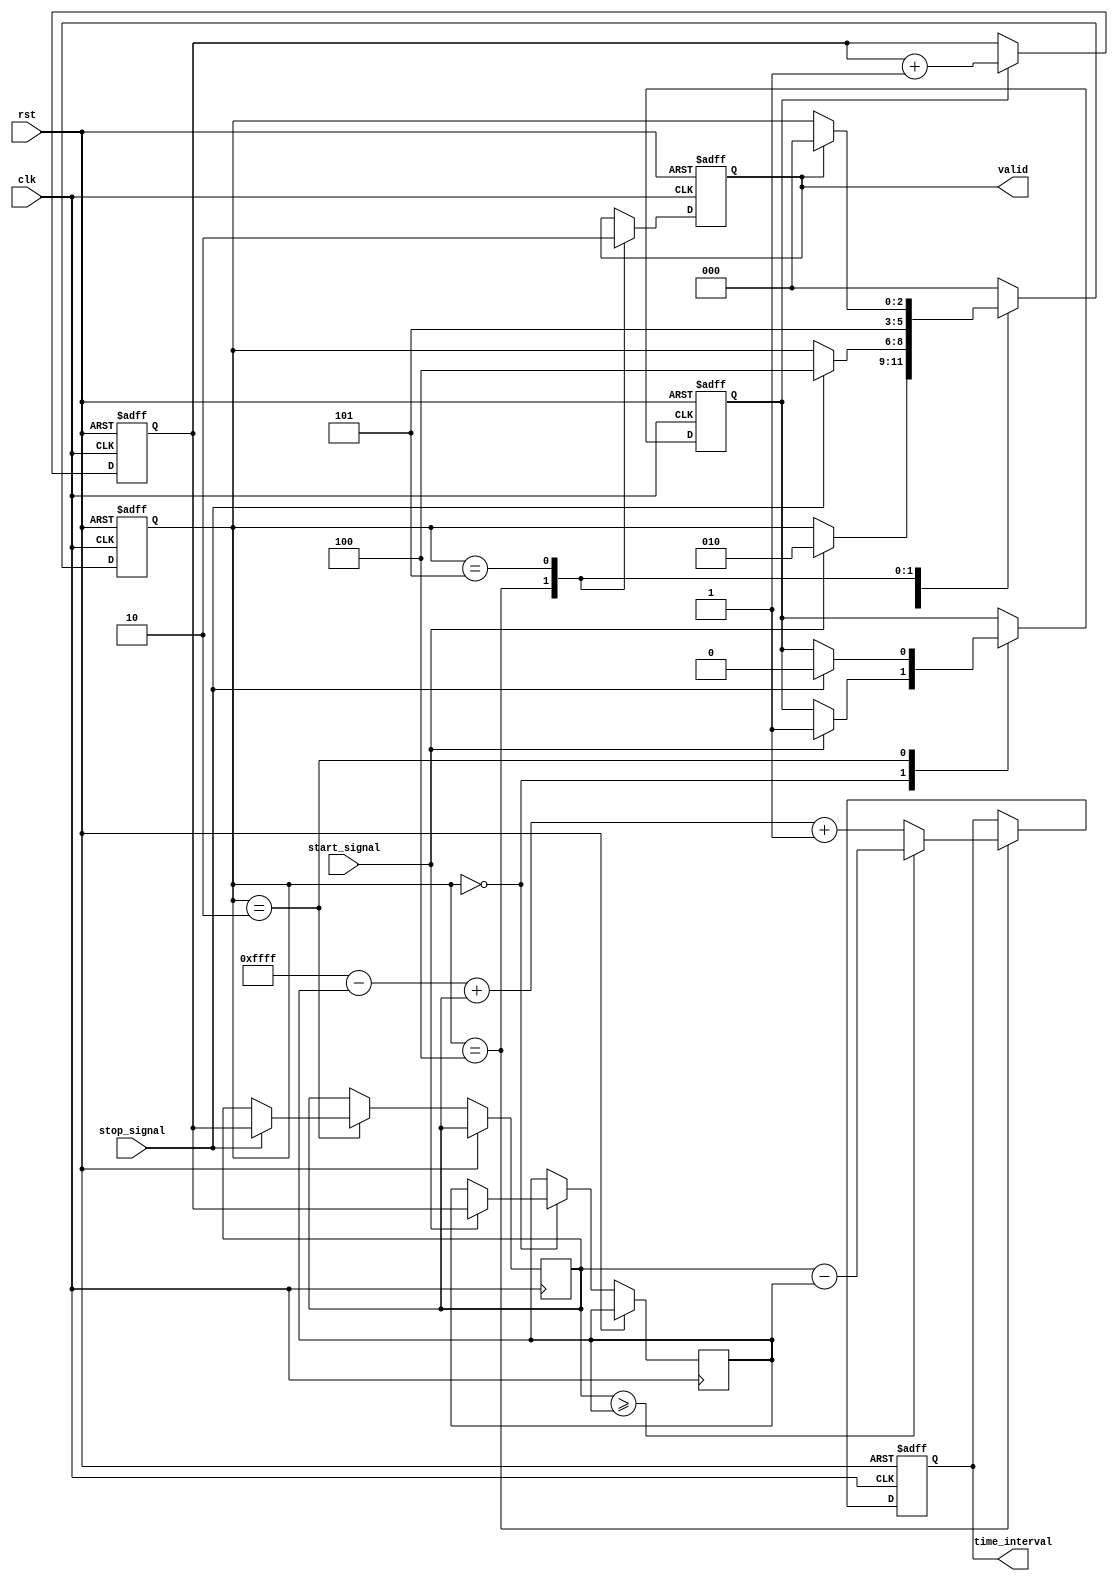
module tdc (
    input wire clk,                 // High-frequency clock input
    input wire rst,                 // Asynchronous reset
    input wire start_signal,        // Start signal input
    input wire stop_signal,         // Stop signal input
    output reg [15:0] time_interval, // Output time interval in binary format
    output reg valid                // Indicates valid output
);

    // Internal signals
    reg [15:0] counter;                // Counter for keeping track of clock cycles
    reg [15:0] start_time;             // Capture start time
    reg [15:0] stop_time;              // Capture stop time
    reg capturing;                     // Indicates if capturing is active
    reg [2:0] state;                  // FSM state variable

    // State encoding
    localparam 
        WAIT_FOR_START = 3'b000,
        CAPTURE_START = 3'b001,
        WAIT_FOR_STOP = 3'b010,
        CAPTURE_STOP = 3'b011,
        PROCESS_RESULT = 3'b100,
        OUTPUT_RESULT = 3'b101;

    // Counter logic
    always @(posedge clk or posedge rst) begin
        if (rst) begin
            counter <= 16'b0;
        end else if (capturing) begin
            counter <= counter + 1; // Increment counter on each clock cycle
        end
    end

    // State machine for TDC operation
    always @(posedge clk or posedge rst) begin
        if (rst) begin
            state <= WAIT_FOR_START;
            time_interval <= 16'b0;
            valid <= 1'b0;
            capturing <= 1'b0;
        end else begin
            case (state)
                WAIT_FOR_START: begin
                    if (start_signal) begin
                        start_time <= counter; // Capture start time
                        capturing <= 1'b1;
                        state <= WAIT_FOR_STOP;
                    end
                end
                WAIT_FOR_STOP: begin
                    if (stop_signal) begin
                        stop_time <= counter; // Capture stop time
                        capturing <= 1'b0;
                        state <= PROCESS_RESULT;
                    end
                end
                PROCESS_RESULT: begin
                    // Calculate time interval, accounting for wrap-around
                    if (stop_time >= start_time) begin
                        time_interval <= stop_time - start_time;
                    end else begin
                        time_interval <= (16'hFFFF - start_time) + stop_time + 1; // Handle overflow
                    end
                    valid <= 1'b1; // Set valid output signal
                    state <= OUTPUT_RESULT; // Transition to output phase
                end
                OUTPUT_RESULT: begin
                    // Output can be further processed or sent to a display
                    // Optionally keep valid high for a number of clocks
                    if (valid) begin
                        valid <= 1'b0; // Reset valid signal
                        state <= WAIT_FOR_START; // Wait for next measurement
                    end
                end
                default: begin
                    state <= WAIT_FOR_START; // Default to wait state
                end
            endcase
        end
    end

endmodule